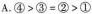
A.$$④ > ③ = ② > ①$$